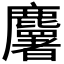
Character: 𪋰